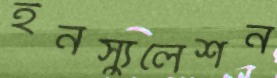
ইনস্যুলেশন